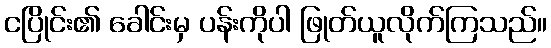
ငပြိုင်း၏ ခေါင်းမှ ပန်းကိုပါ ဖြုတ်ယူလိုက်ကြသည်။